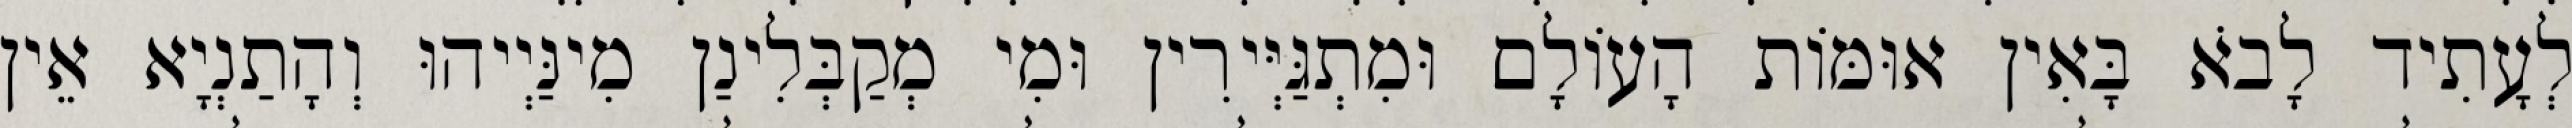
לְעָתִיד לָבֹא בָּאִין אוּמּוֹת הָעוֹלָם וּמִתְגַּיְּירִין וּמִי מְקַבְּלִינַן מִינַּיְיהוּ וְהָתַנְיָא אֵין